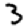
Digit: 3